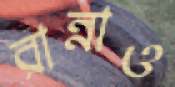
রান্নাও